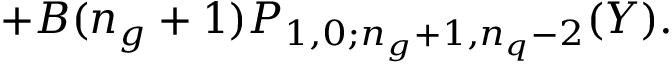
+ B ( n _ { g } + 1 ) P _ { 1 , 0 ; n _ { g } + 1 , n _ { q } - 2 } ( Y ) .